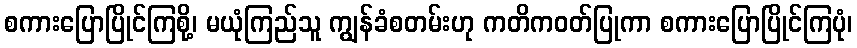
စကားပြောပြိုင်ကြစို့၊ မယုံကြည်သူ ကျွန်ခံစတမ်းဟု ကတိကဝတ်ပြုကာ စကားပြောပြိုင်ကြပုံ၊